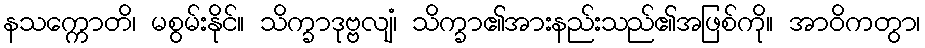
နသက္ကောတိ၊ မစွမ်းနိုင်။ သိက္ခာဒုဗ္ဗလျံ၊ သိက္ခာ၏အားနည်းသည်၏အဖြစ်ကို။ အာဝိကတွာ၊